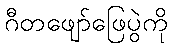
ဂီတဖျော်ဖြေပွဲကို